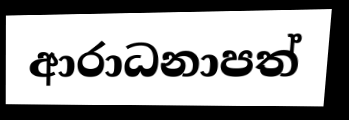
ආරාධනාපත්